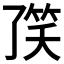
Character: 𱷻